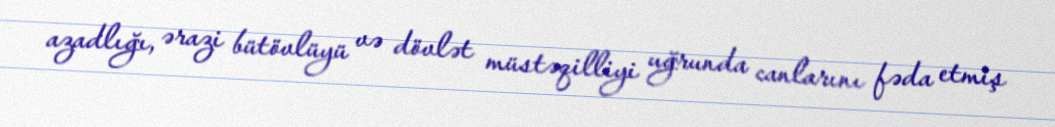
azadlığı, ərazi bütövlüyü və dövlət müstəqilliyi uğrunda canlarını fəda etmiş